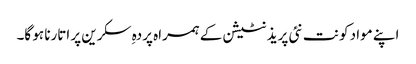
اپنے مواد کو نت نئی پریذنٹیشن کے ہمراہ پردہِ سکرین پر اتارنا ہو گا۔